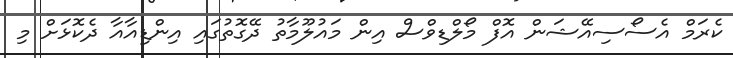
ކެރަމް އެސޯސިއޭޝަން އޮފް މޯލްޑިވްސް އިން މައުލޫމާތު ދޭގޮތުގައި އިންޑިއާއާ ދެކޮޅަށް މި